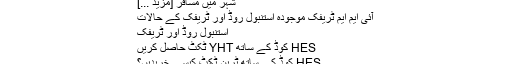
شہر میں مسافر [مزید ...]
آئی ایم ایم ٹریفک موجودہ استنبول روڈ اور ٹریفک کے حالات
استنبول روڈ اور ٹریفک
HES کوڈ کے ساتھ YHT ٹکٹ حاصل کریں
HES کوڈ کے ساتھ ٹرین ٹکٹ کیسے خریدیں؟